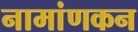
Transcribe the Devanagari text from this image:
नामांणकन